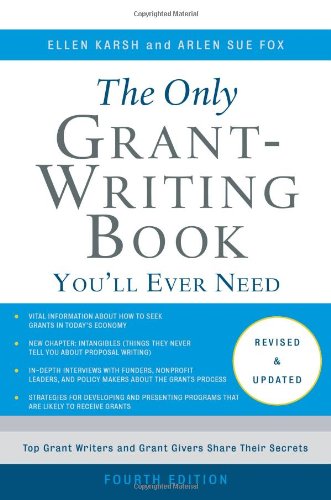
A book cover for The Only Grant-Writing Book YouEEll Ever Need; Ellen Karsh; Business & Money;